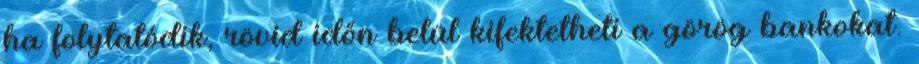
ha folytatódik, rövid időn belül kifektetheti a görög bankokat.